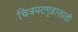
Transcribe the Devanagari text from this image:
चित्रपटगृहासाठी